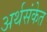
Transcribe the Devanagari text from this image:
अर्थसंकेत